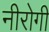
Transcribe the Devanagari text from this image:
नीरोगी